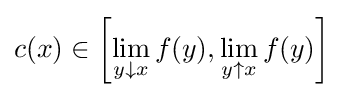
c(x)\in \left[\lim _{y\downarrow x}f(y),\lim _{y\uparrow x}f(y)\right]